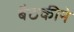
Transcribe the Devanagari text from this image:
बैठकीने